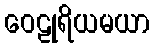
ဝေဠုရိယမယာ